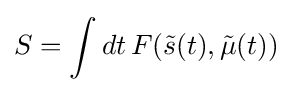
S=\int dt\,F({\tilde {s}}(t),{\tilde {\mu }}(t))